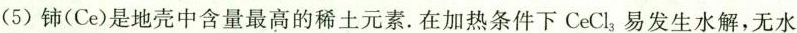
(5)铈(Ce)是地壳中含量最高的稀土元素。在加热条件下CeCl_{3}易发生水解，无水